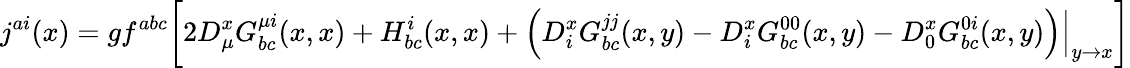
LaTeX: j^{ai}(x)=gf^{abc}\biggl[2D_{\mu}^{x}G_{bc}^{\mu i}(x,x)+H_{bc}^{i}(x,x)+\Bigl(D_{i}^{x}G_{bc}^{jj}(x,y)-D_{i}^{x}G_{bc}^{00}(x,y)-D_{0}^{x}G_{bc}^{0i}(x,y)\Bigr)\Big|_{y\to x}\biggr]